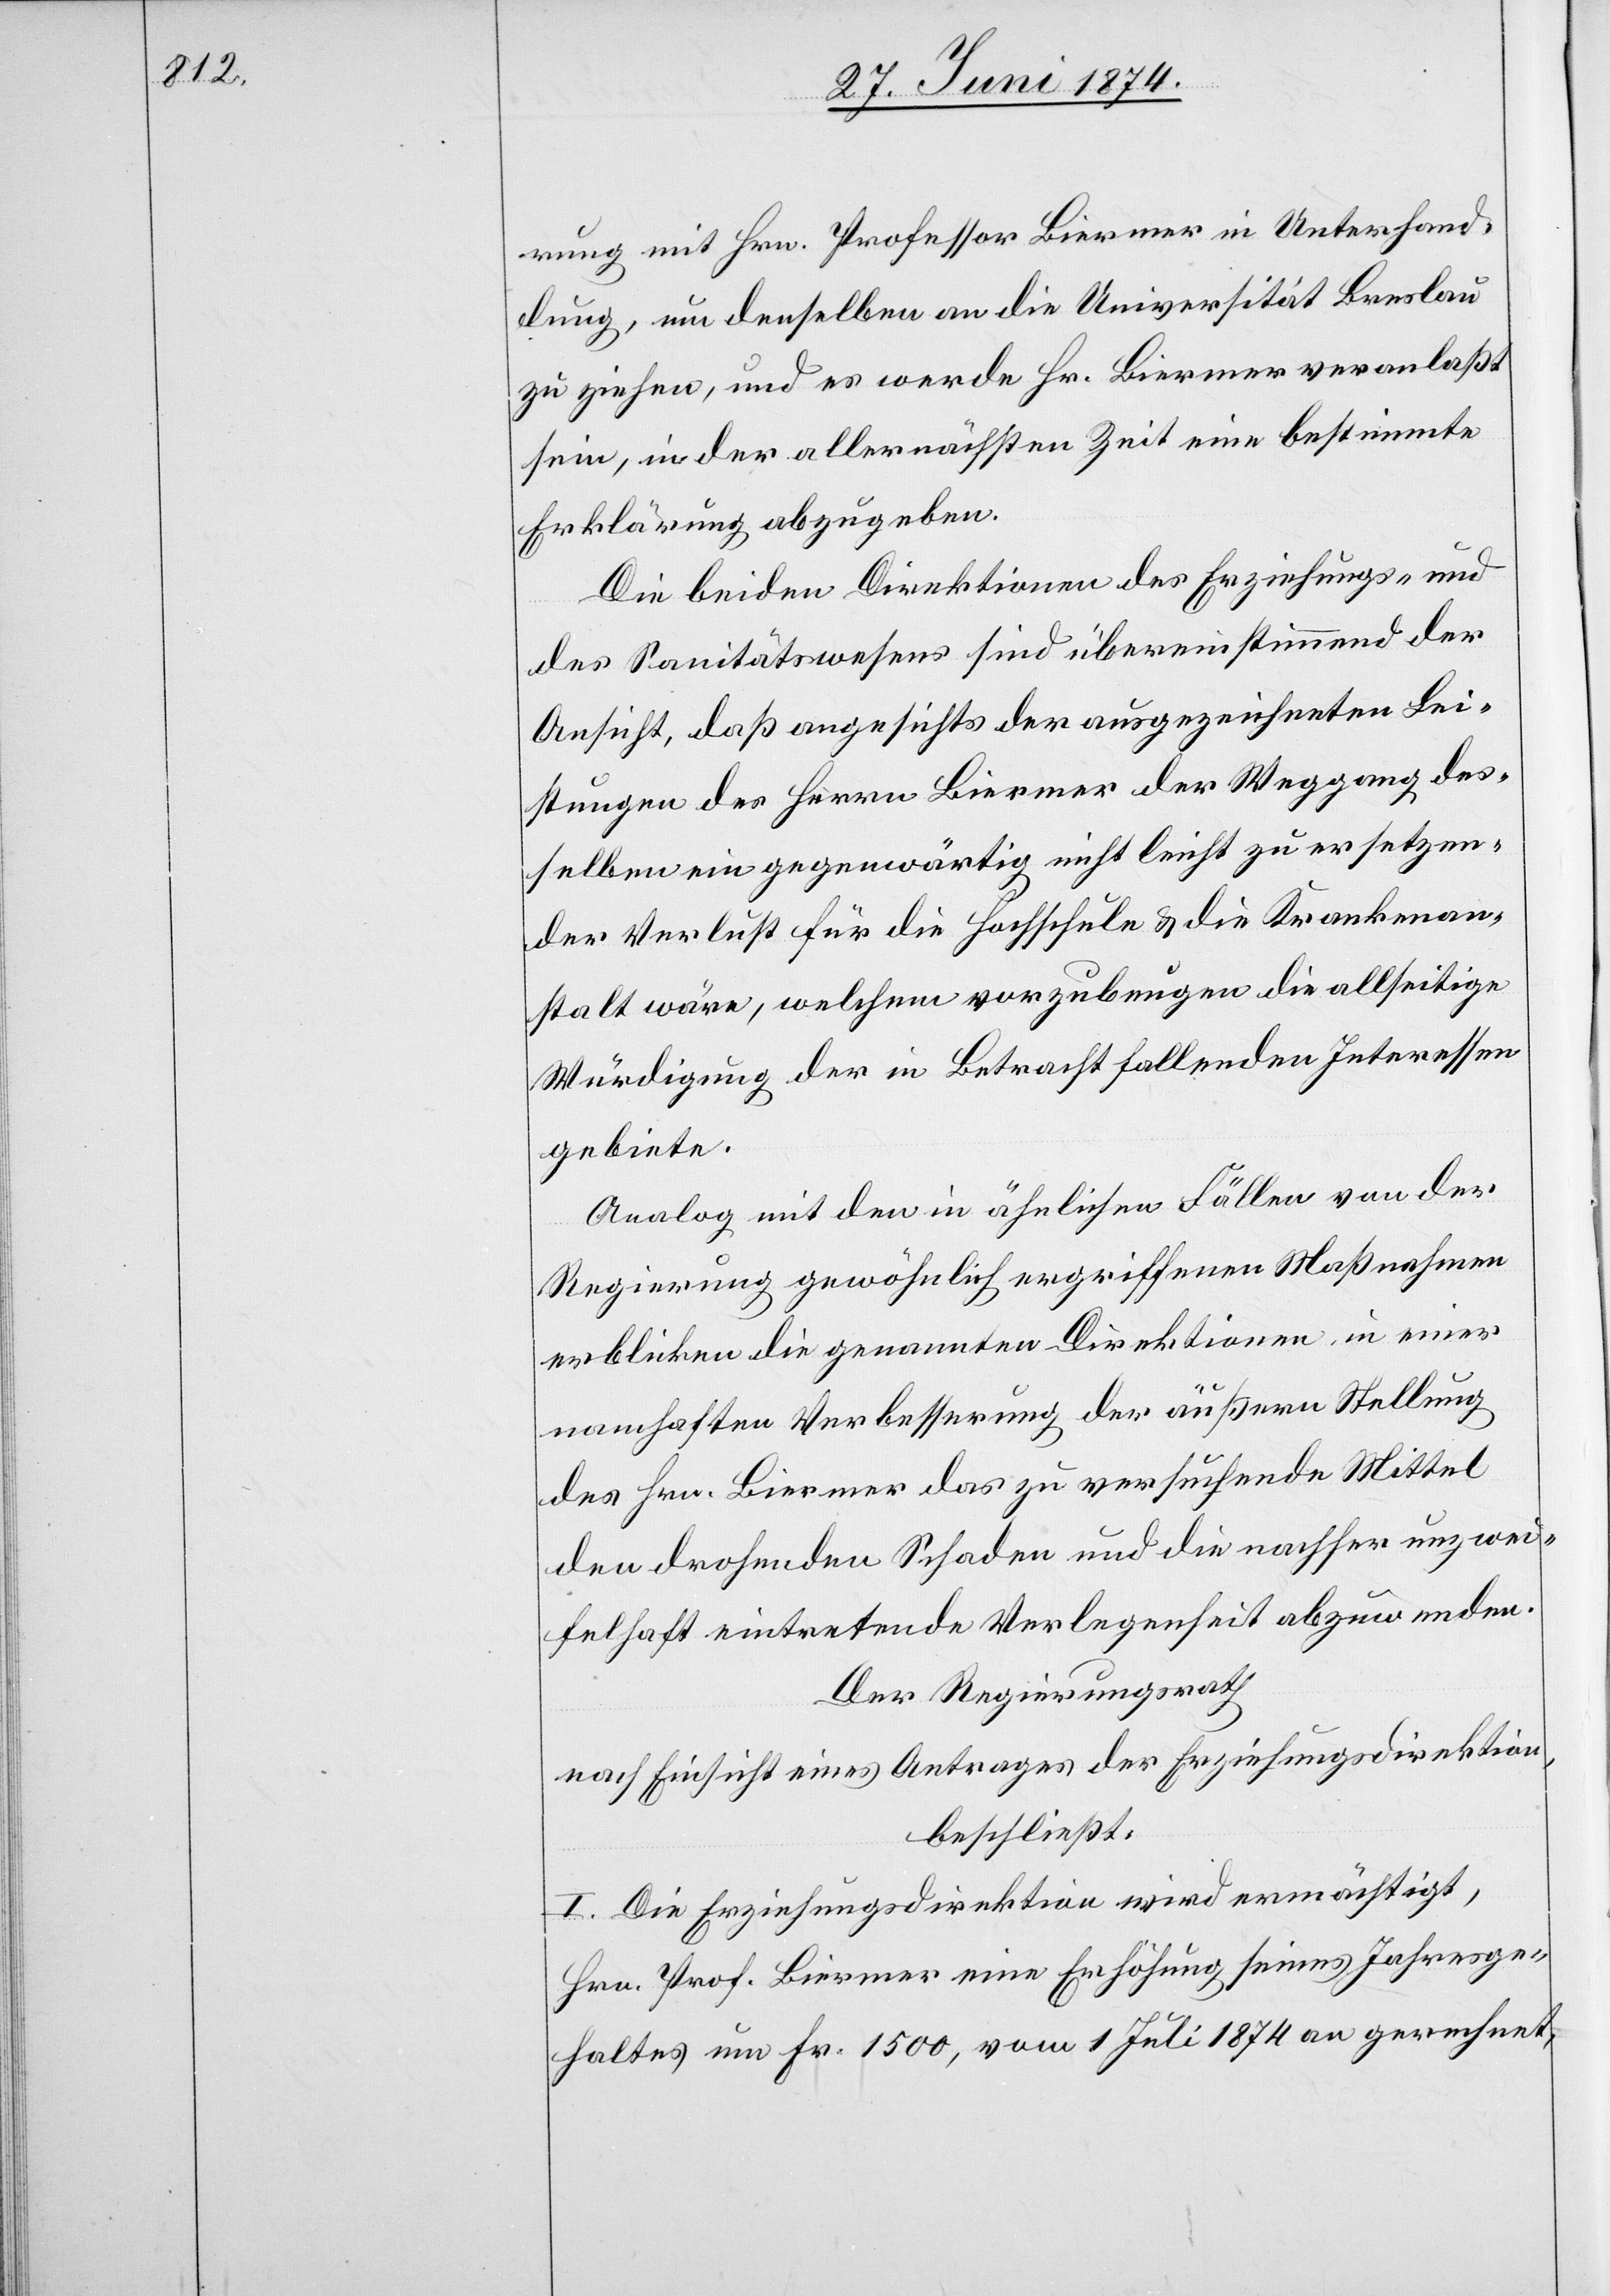
rung mit Hrn. Professor Biermer in Unterhand¬
lung, um denselben an die Universität Breslau
zu ziehen, und es werde Hr. Biermer veranlaßt
sein, in der allernächsten Zeit eine bestimmte
Erklärung abzugeben.
Die beiden Direktionen des Erziehungs- und
des Sanitätswesens sind übereinstimmend der
Ansicht, daß angesichts der ausgezeichneten Lei¬
stungen des Herrn Biermer der Weggang des¬
selben ein gegenwärtig nicht leicht zu ersetzen¬
der Verlust für die Hochschule u. die Krankenan¬
stalt wäre, welchem vorzubeugen die allseitige
Würdigung der in Betracht fallenden Interessen
gebiete.
Analog mit den in ähnlichen Fällen von der
Regierung gewöhnlich ergriffenen Maßnahmen
erblicken die genannten Direktionen in einer
namhaften Verbesserung der äußern Stellung
des Hrn. Biermer das zu versuchende Mittel
den drohenden Schaden und die nachher unzwei¬
felhaft eintretende Verlegenheit abzuwenden.
Der Regierungsrath
nach Einsicht eines Antrages der Erziehungsdirektion,
beschließt:
I. Die Erziehungsdirektion wird ermächtigt,
Hrn. Prof. Biermer eine Erhöhung seines Jahresge¬
haltes um Fr. 1500, vom 1. Juli 1874 an gerechnet,